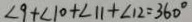
\angle 9 + \angle 1 0 + \angle 1 1 + \angle 1 2 = 3 6 0 ^ { \circ }